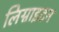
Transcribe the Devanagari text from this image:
लिग्नाइटन